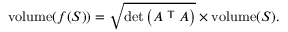
\operatorname { v o l u m e } ( f ( S ) ) = { \sqrt { \operatorname* { d e t } \left( A ^ { \textsf { T } } A \right) } } \times \operatorname { v o l u m e } ( S ) .